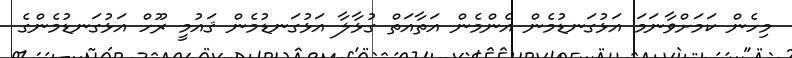
މިހެން ކަމަށްވާނަމަ އަޅުގަނޑުމެން އެންމެން އަތާއަތް ގުޅާލާ އަޅުގަނޑުމެން ޤައުމީ ރޫހް އަޅުގަނޑުމެންގެ